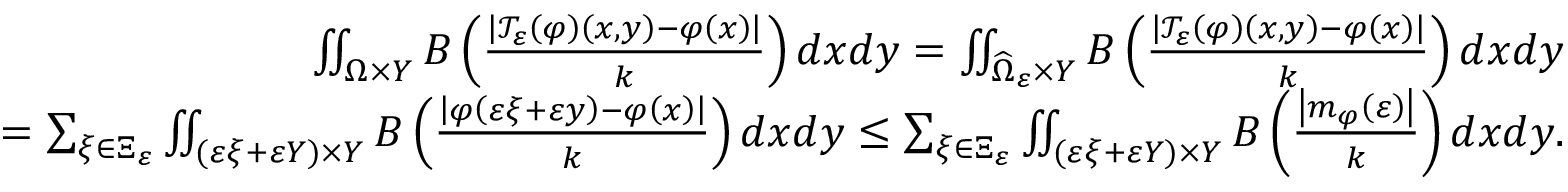
\begin{array} { r } { \iint _ { \Omega \times Y } B \left( \frac { \left\vert \mathcal { T } _ { \varepsilon } \left( \varphi \right) \left( x , y \right) - \varphi \left( x \right) \right\vert } { k } \right) d x d y = \iint _ { \widehat { \Omega } _ { \varepsilon } \times Y } B \left( \frac { \left\vert \mathcal { T } _ { \varepsilon } \left( \varphi \right) \left( x , y \right) - \varphi \left( x \right) \right\vert } { k } \right) d x d y } \\ { = \sum _ { \xi \in \Xi _ { \varepsilon } } \iint _ { ( \varepsilon \xi + \varepsilon Y ) \times Y } B \left( \frac { \left\vert \varphi \left( \varepsilon \xi + \varepsilon y \right) - \varphi \left( x \right) \right\vert } { k } \right) d x d y \leq \sum _ { \xi \in \Xi _ { \varepsilon } } \iint _ { ( \varepsilon \xi + \varepsilon Y ) \times Y } B \left( \frac { \left\vert m _ { \varphi } \left( \varepsilon \right) \right\vert } { k } \right) d x d y . } \end{array}